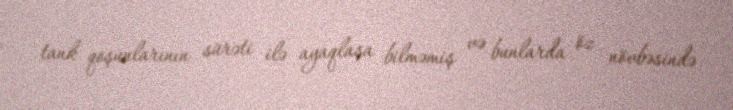
tank qoşunlarının sürəti ilə ayaqlaşa bilməmiş və bunlarda öz növbəsində